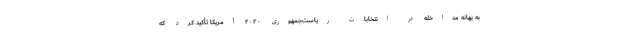
به بهانه مداخله در انتخابات ریاست‌جمهوری ۲۰۲۰ آمریکا تأکید کرد که